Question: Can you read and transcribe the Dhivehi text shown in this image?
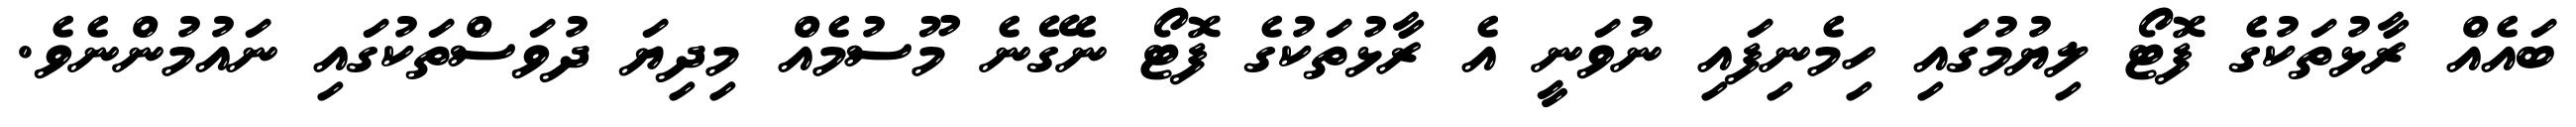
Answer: ބައެއް ރާޅުތަކުގެ ފޮޓޯ ލިޔުމުގައި ހިމެނިފައި ނުވަނީ އެ ރާޅުތަކުގެ ފޮޓޯ ނެގޭނެ މޫސުމެއް މިދިޔަ ދުވަސްތަކުގައި ނައުމުންނެވެ.